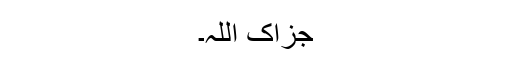
جزاک اللہ۔